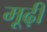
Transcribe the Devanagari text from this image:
मूढ़ी